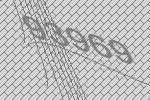
93969